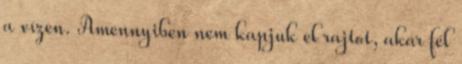
a vízen. Amennyiben nem kapjuk el rajtot, akár fél